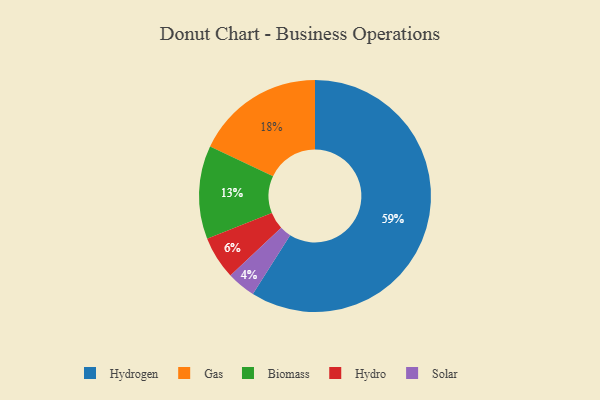
{"axis": {"x": "Category", "y": "Percentage"}, "legend": ["Biomass", "Gas", "Hydro", "Hydrogen", "Solar"], "data": [{"x": "Solar", "y": 4, "type": "Solar"}, {"x": "Hydro", "y": 6, "type": "Hydro"}, {"x": "Biomass", "y": 13, "type": "Biomass"}, {"x": "Gas", "y": 18, "type": "Gas"}, {"x": "Hydrogen", "y": 59, "type": "Hydrogen"}]}